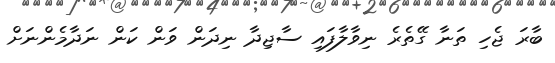
ބާރަ ޖެހި ތަނާ ގޭތެރެ ނިވާލާފައި ސާޖިދާ ނިދަން ވަން ކަން ނަދާމެންނަށް